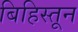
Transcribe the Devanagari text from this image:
बिहिस्तून